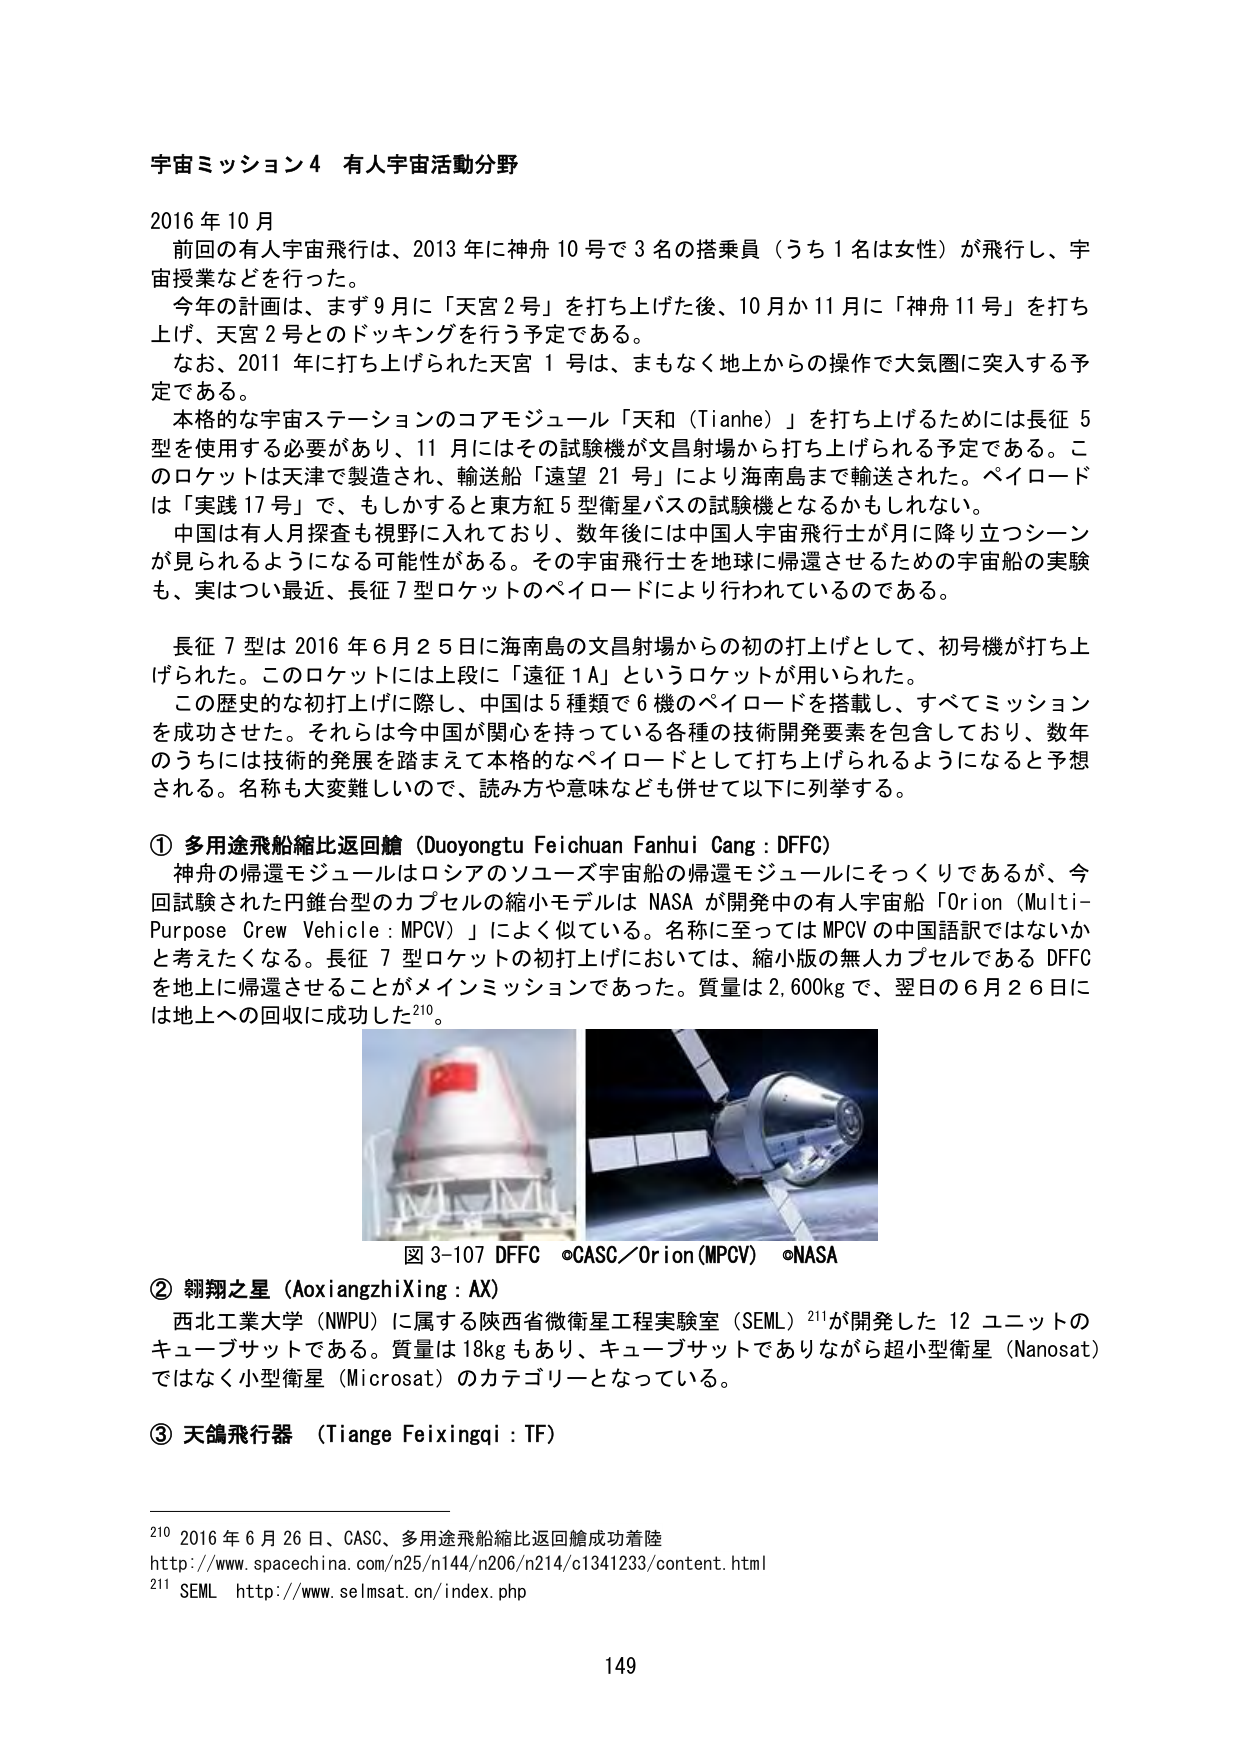
宇宙ミッション４ 有人宇宙活動分野

2016年10月
前回の有人宇宙飛行は、2013年に神舟10号で3名の搭乗員（うち1名は女性）が飛行し、宇宙授業などを行った。
今年の計画は、まず9月に「天宮2号」を打ち上げた後、10月か11月に「神舟11号」を打ち上げ、天宮2号とのドッキングを行う予定である。
なお、2011年に打ち上げられた天宮1号は、まもなく地上からの操作で大気圏に突入する予定である。
本格的な宇宙ステーションのコアモジュール「天和（Tianhe）」を打ち上げるためには長征5型を使用する必要があり、11月にはその試験機が文昌射場から打ち上げられる予定である。このロケットは天津で製造され、輸送船「遠望21号」により海南島まで輸送された。ペイロードは「実践17号」で、もしかすると東方紅5型衛星バスの試験機となるかもしれない。
中国は有人月探査も視野に入れており、数年後には中国人宇宙飛行士が月に降り立つシーンが見られるようになる可能性がある。その宇宙飛行士を地球に帰還させるための宇宙船の実験も、実はつい最近、長征7型ロケットのペイロードにより行われているのである。

長征7型は2016年6月25日に海南島の文昌射場からの初の打上げとして、初号機が打ち上げられた。このロケットには上段に「遠征1A」というロケットが用いられた。
この歴史的な初打上げに際し、中国は5種類で6機のペイロードを搭載し、すべてミッションを成功させた。それらは今中国が関心を持っている各種の技術開発要素を包含しており、数年のうちに技術の発展を踏まえて本格的なペイロードとして打ち上げられるようになると予想される。名称も大変難しいので、読み方や意味なども併せて以下に列挙する。

① 多用途飛船縮比返回艙（Duoyongtu Feichuan Fanhui Cang : DFFC）
神舟の帰還モジュールはロシアのソユーズ宇宙船の帰還モジュールにそっくりであるが、今回試験された円錐台型のカプセルの縮小モデルはNASAが開発中の有人宇宙船「Orion（Multi-Purpose Crew Vehicle : MPCV）」によく似ている。名称に至ってはMPCVの中国語訳ではないかと考えたくなる。長征7型ロケットの初打上げにおいては、縮小版の無人カプセルであるDFFCを地上に帰還させることがメインミッションであった。質量は2,600kgで、翌日の6月26日には地上への回収に成功した210。

図3-107 DFFC ©CASC／Orion（MPCV） ©NASA

② 翱翔之星（AoxiangzhiXing : AX）
西北工業大学（NWPU）に属する陝西省微衛星工程実験室（SEML）211が開発した12ユニットのキューブサットである。質量は18kgもあり、キューブサットでありながら超小型衛星（Nanosat）ではなく小型衛星（Microsat）のカテゴリーとなっている。

③ 天鴿飛行器（Tiange Feixingqi : TF）

210 2016年6月26日、CASC、多用途飛船縮比返回艙成功着陸
http://www.spacechina.com/n25/n144/n206/n214/c1341233/content.html
211 SEML http://www.selmsat.cn/index.php

149